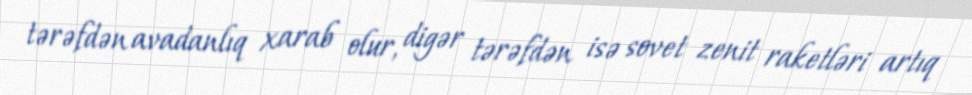
tərəfdən avadanlıq xarab olur, digər tərəfdən isə sovet zenit raketləri artıq